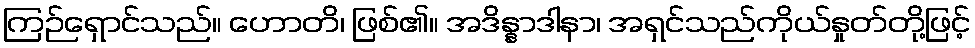
ကြဉ်ရှောင်သည်။ ဟောတိ၊ ဖြစ်၏။ အဒိန္နာဒါနာ၊ အရှင်သည်ကိုယ်နှုတ်တို့ဖြင့်